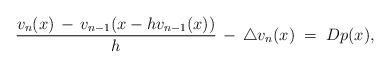
LaTeX: \begin{align*}&\frac {v_n (x)\, - \, v_{n-1} (x-hv_{n-1}(x))} h \, - \, \triangle v_n (x) \; = \; D p (x),\end{align*}